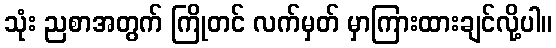
သုံး ညစာအတွက် ကြိုတင် လက်မှတ် မှာကြားထားချင်လို့ပါ။